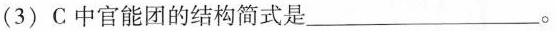
(3)C中官能团的结构简式是___。